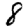
Digit: 8